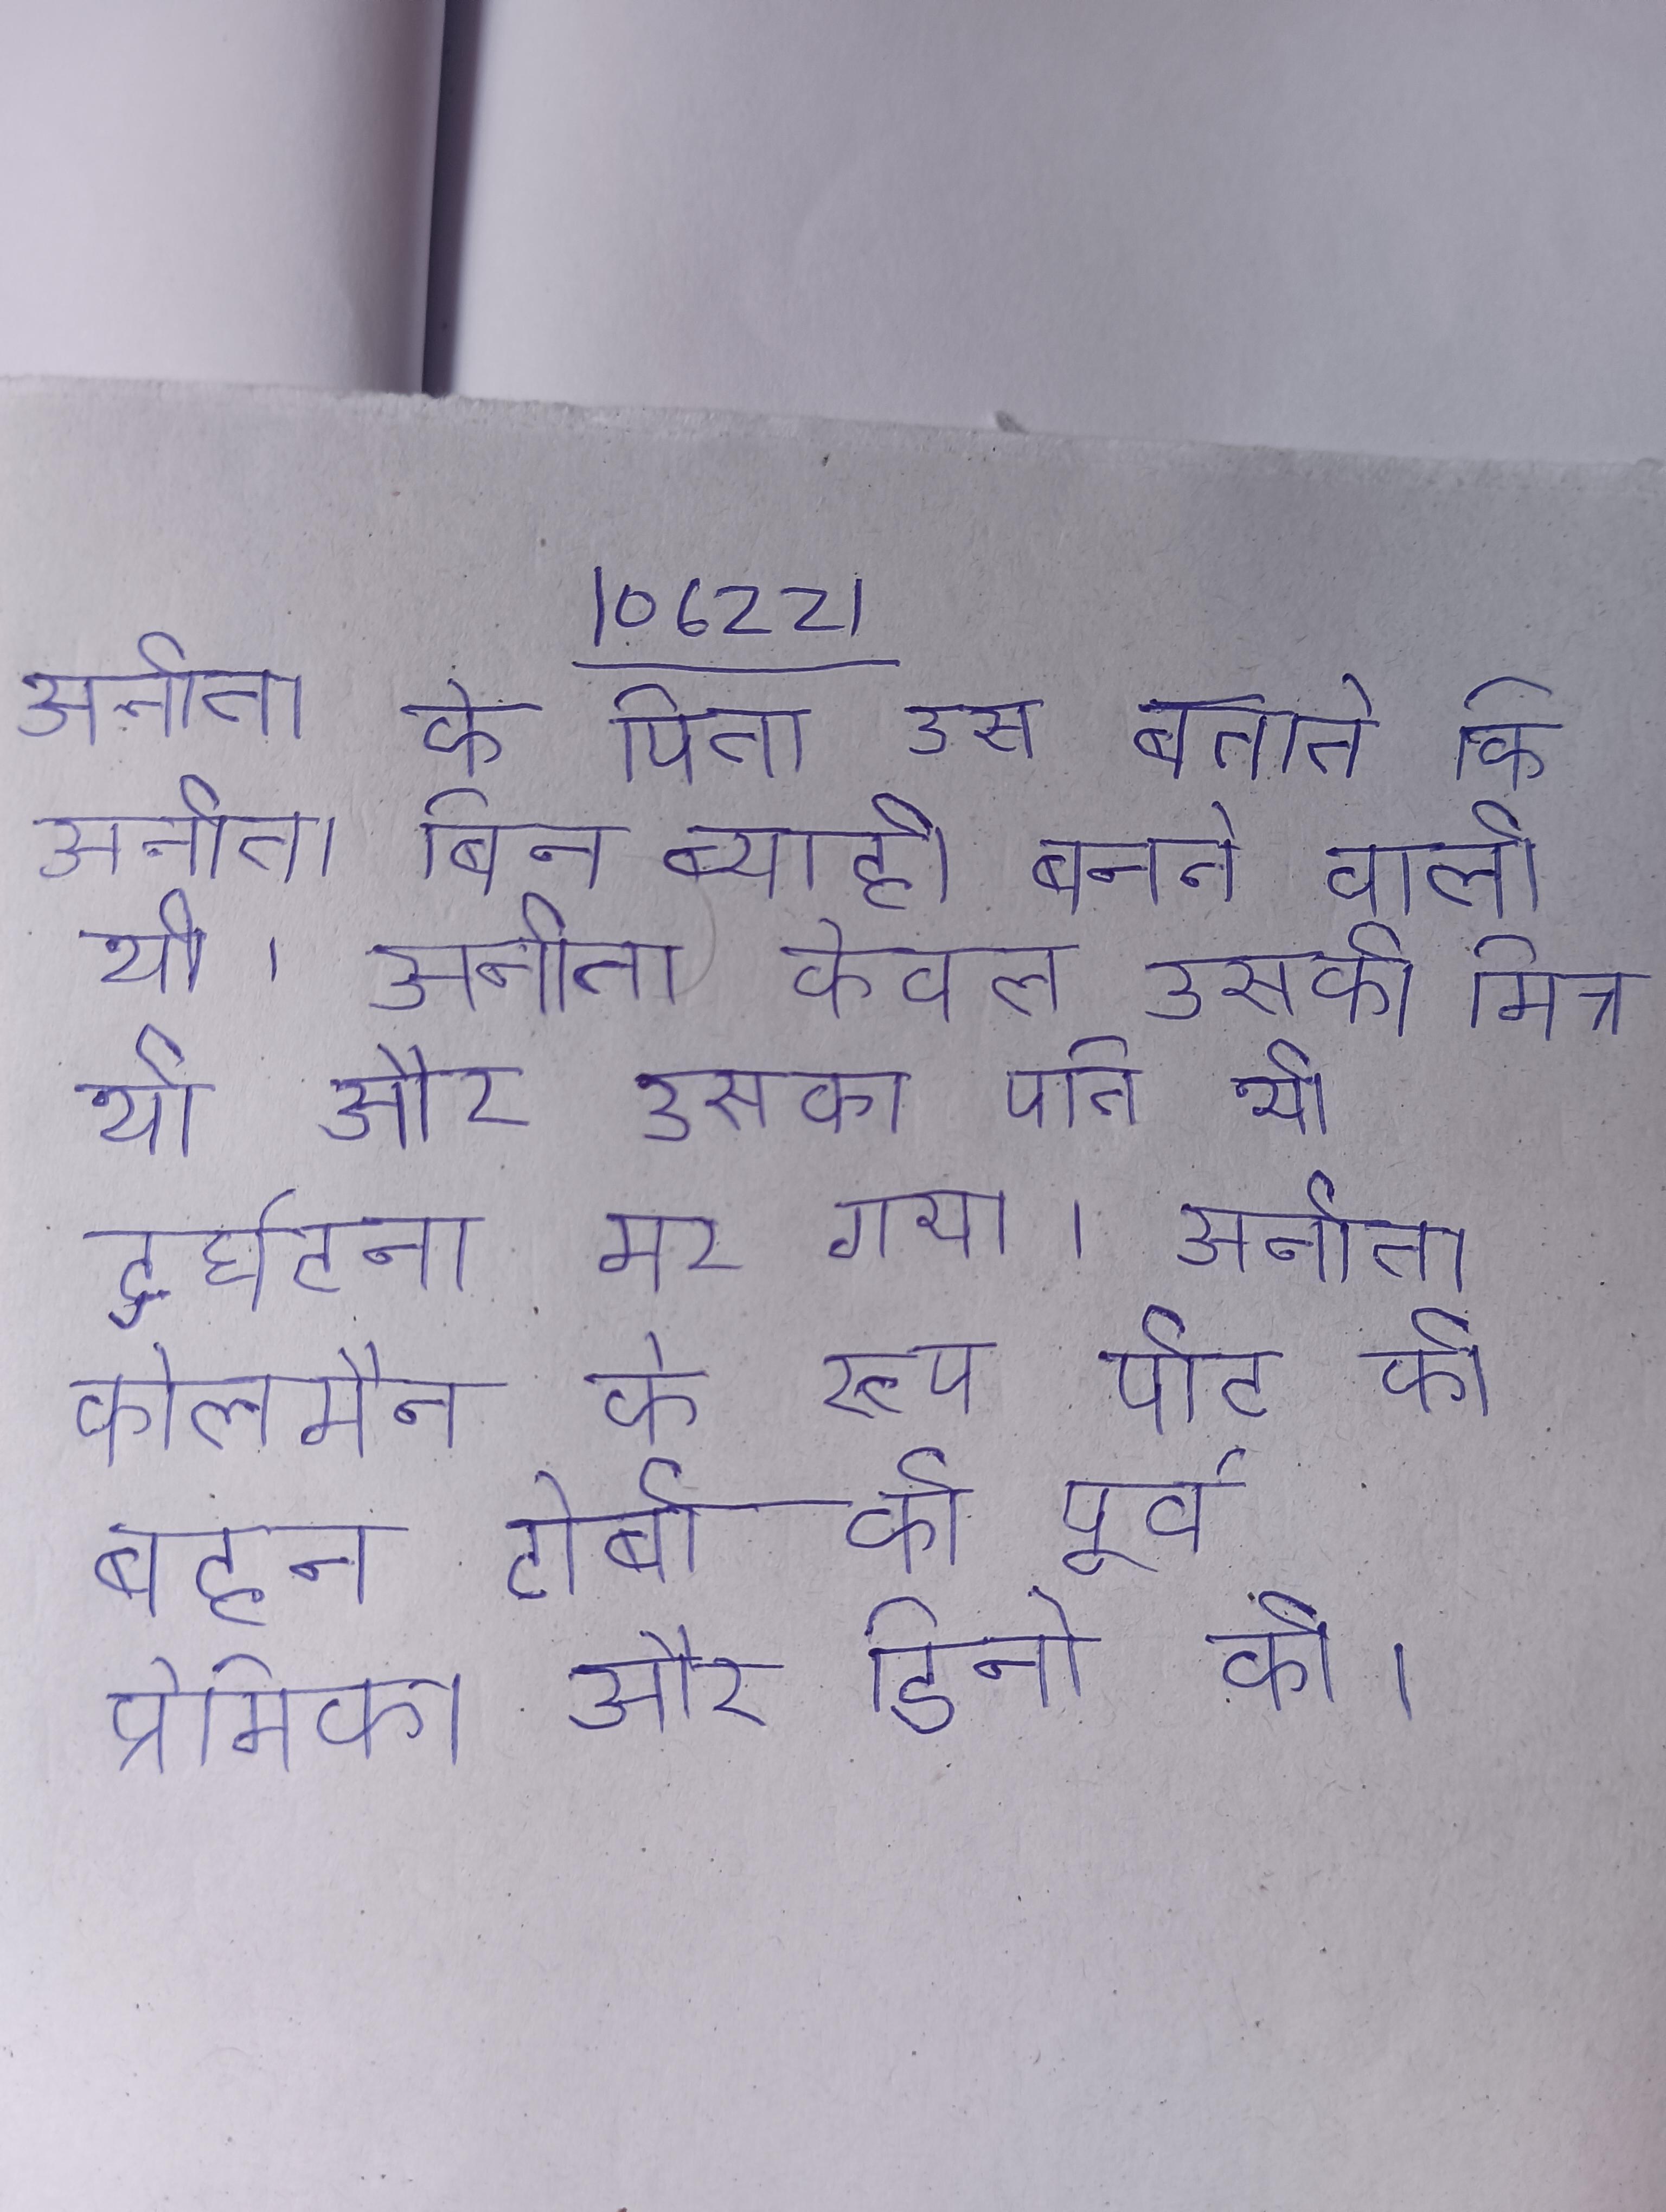
अनीता के पिता उसे बताते कि अनीता बिन ब्याही बनने वाली थी । अनीता केवल उसकी मित्र थी और उसका पति भी दुर्घटना मर गया । अनीता कोलमैन के रूप पीट की बहन, टोबी की पूर्व प्रेमिका और डिनो की ।